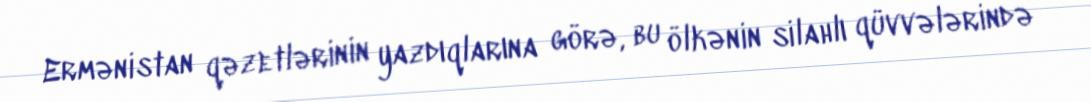
Ermənistan qəzetlərinin yazdıqlarına görə, bu ölkənin silahlı qüvvələrində